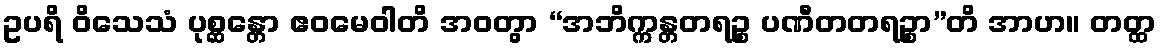
ဥပရိ ဝိသေသံ ပုစ္ဆန္တော ဧဝမေဝါတိ အဝတွာ “အဘိက္ကန္တတရဉ္စ ပဏီတတရဉ္စာ”တိ အာဟ။ တတ္ထ